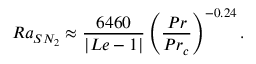
R a _ { S N _ { 2 } } \approx \frac { 6 4 6 0 } { | L e - 1 | } \left( \frac { P r } { P r _ { c } } \right) ^ { - 0 . 2 4 } .